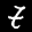
Label: 7